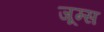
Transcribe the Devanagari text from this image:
जूम्स